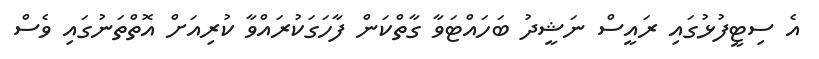
އެ ސިޓީފުޅުގައި ރައީސް ނަޝީދު ބަހައްޓަވާ ގާތްކަން ފާހަގަކުރައްވާ ކުރިއަށް އޮތްތަނުގައި ވެސް